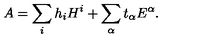
A = \sum _ { i } h _ { i } H ^ { i } + \sum _ { \alpha } t _ { \alpha } E ^ { \alpha } .